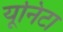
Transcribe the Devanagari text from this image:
यूनिटा